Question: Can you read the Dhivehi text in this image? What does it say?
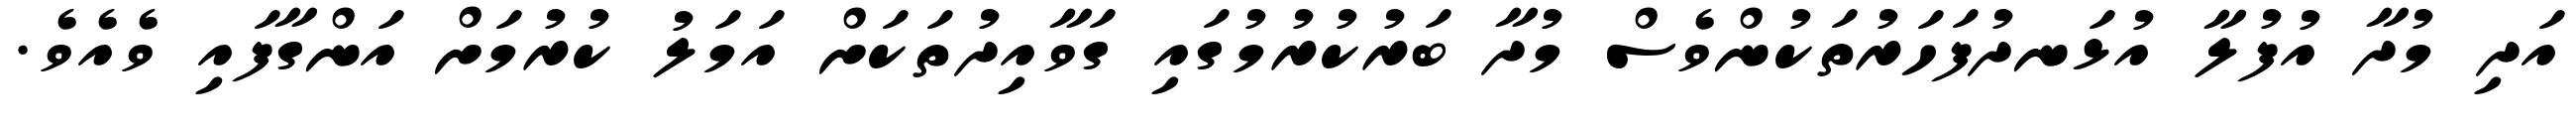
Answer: އަދި މުދާ އުފުލާ އުޅަނދުފަހަރުތަކުންވެސް މުދާ ބަރުކުރުމުގައި ގަވާއިދުތަކަށް އަމަލު ކުރުމަށް އަންގާފައި ވެއެވެ.